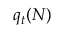
q _ { t } ( N )